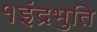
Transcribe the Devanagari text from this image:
१इंद्रभुति